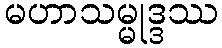
မဟာသမ္မုဒ္ဒဿ